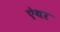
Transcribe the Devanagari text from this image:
ऐथर